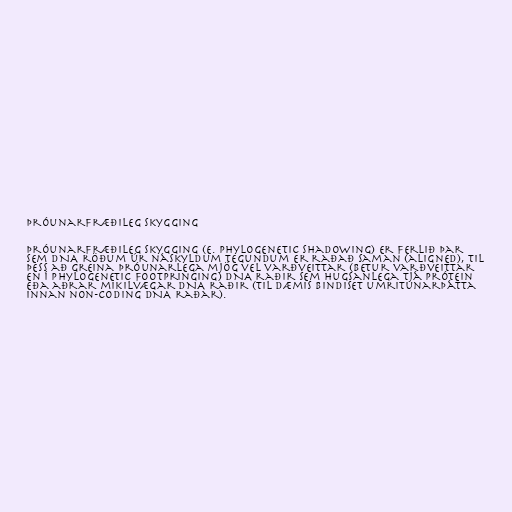
Þróunarfræðileg skygging

Þróunarfræðileg skygging (e. Phylogenetic shadowing) er ferlið þar
sem DNA röðum úr náskyldum tegundum er raðað saman (aligned), til
þess að greina þróunarlega mjög vel varðveittar (betur varðveittar
en í Phylogenetic footpringing) DNA raðir sem hugsanlega tjá prótein
eða aðrar mikilvægar DNA raðir (til dæmis bindiset umritunarþátta
innan non-coding DNA raðar).